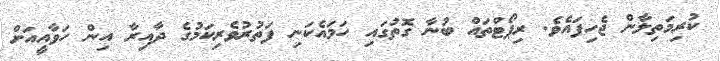
ކުރިމަތިލާން ޖެހިފައެވެ. ރިޕޯޓްތައް ބުނާ ގޮތުގައި ހަމައެކަނި ފަތުރުވެރިކަމުގެ ދާއިރާ އިން ހަވާއީއަށް